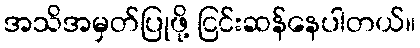
အသိအမှတ်ပြုဖို့ ငြင်းဆန်နေပါတယ်။